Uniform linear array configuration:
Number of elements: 48
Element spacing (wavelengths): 0.75
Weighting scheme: blackman
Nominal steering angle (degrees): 0
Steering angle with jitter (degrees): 0.6523
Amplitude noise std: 0.05
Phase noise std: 0.05

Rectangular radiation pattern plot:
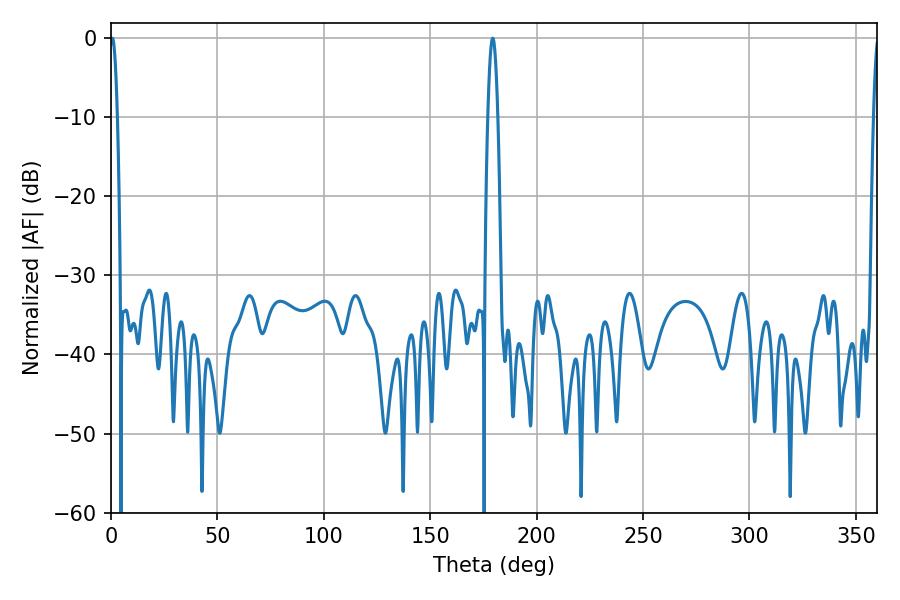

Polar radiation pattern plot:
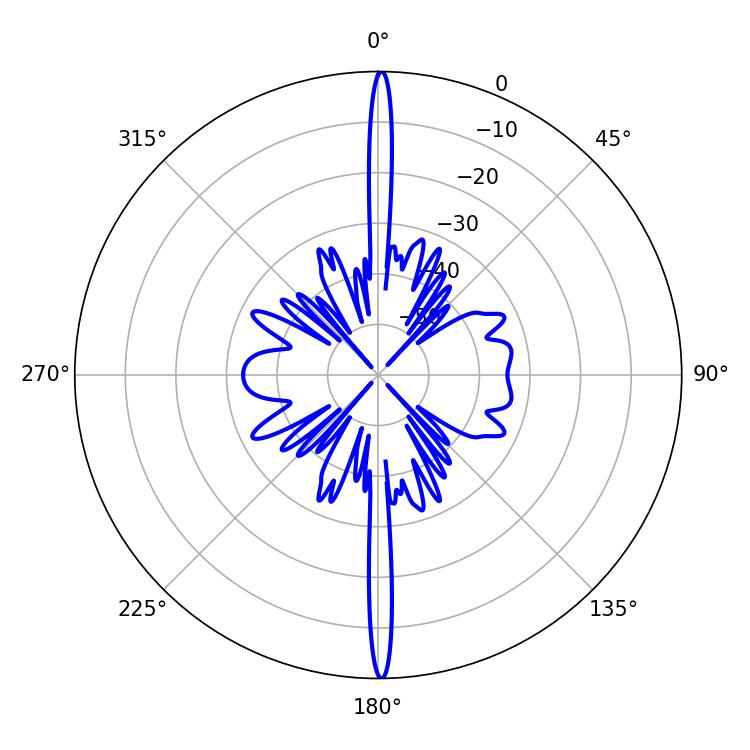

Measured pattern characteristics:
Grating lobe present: TRUE
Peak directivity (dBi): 32.325
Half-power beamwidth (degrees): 2.34
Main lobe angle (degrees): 179.28